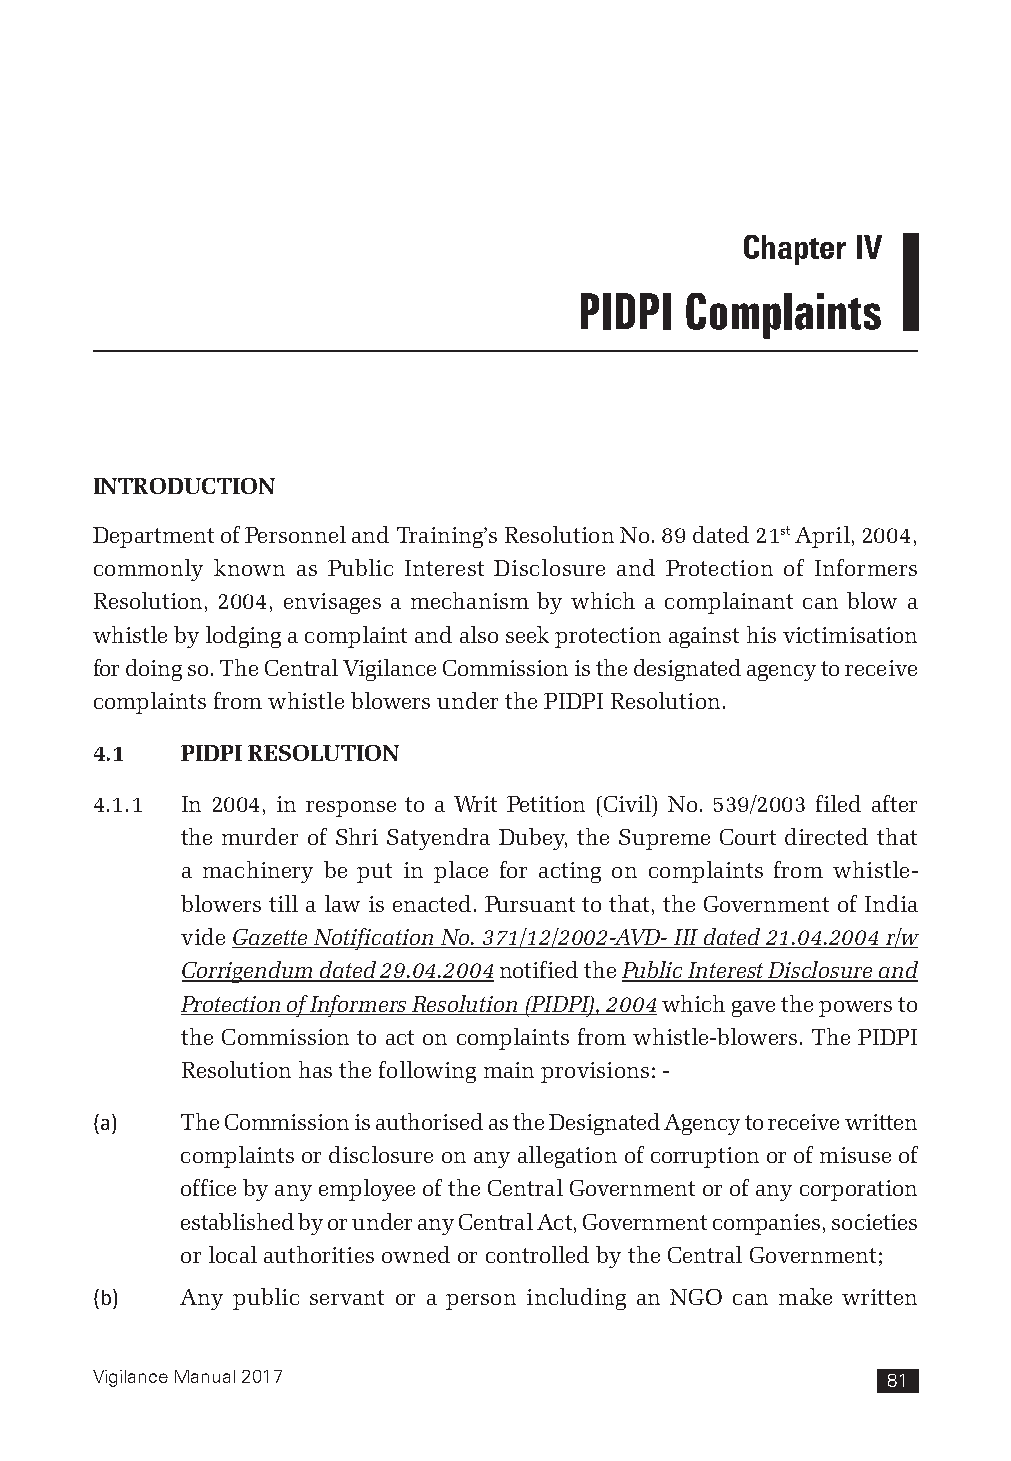
Chapter IV
 PIDPI  Complaints
 INTRODUCTION
 Department of Personnel and Training’s Resolution No. 89 dated 21st April, 2004,
 commonly known as Public Interest Disclosure and Protection of Informers
 Resolution, 2004, envisages a mechanism by which a complainant can blow a
 whistle by lodging a complaint and also seek protection against his victimisation
 for doing so. The Central Vigilance Commission is the designated agency to receive
 complaints from whistle blowers under the PIDPI Resolution.
 4.1   PIDPI RESOLUTION
 4.1.1 In 2004, in response to a Writ Petition (Civil) No. 539/2003 filed after
 the murder of Shri Satyendra Dubey, the Supreme Court directed that
 a machinery be put in place for acting on complaints from whistle-
 blowers till a law is enacted. Pursuant to that, the Government of India
 vide Gazette Notification No. 371/12/2002-AVD- III dated 21.04.2004 r/w
 Corrigendum dated 29.04.2004 notified the Public Interest Disclosure and
 Protection of Informers Resolution (PIDPI), 2004 which gave the powers to
 the Commission to act on complaints from whistle-blowers. The PIDPI
 Resolution has the following main provisions: -
 (a)   The Commission is authorised as the Designated Agency to receive written
 complaints or disclosure on any allegation of corruption or of misuse of
 office by any employee of the Central Government or of any corporation
 established by or under any Central Act, Government companies, societies
 or local authorities owned or controlled by the Central Government;
 (b)   Any public servant or a person including an NGO can make written
 Vigilance Manual 2017                                81